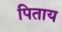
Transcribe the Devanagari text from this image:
पिताय